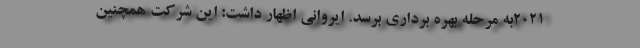
2021به مرحله بهره برداری برسد. ایروانی اظهار داشت: این شرکت همچنین